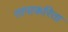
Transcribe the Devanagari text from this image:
तापाकरिता